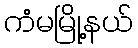
ကံမမြို့နယ်